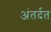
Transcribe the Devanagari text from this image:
अंतर्दत